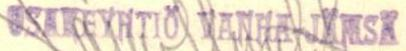
OSAKEYHTIÖ VANHA JÄMSÄ